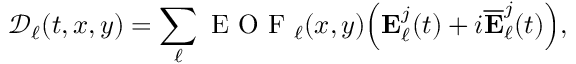
\mathcal { D } _ { \ell } ( t , x , y ) = \sum _ { \ell } \textrm { E O F } _ { \ell } ( x , y ) \Big ( \mathbf { E } _ { \ell } ^ { j } ( t ) + i \overline { { \mathbf { E } } } _ { \ell } ^ { j } ( t ) \Big ) ,